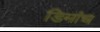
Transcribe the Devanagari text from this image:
डिमांच